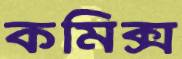
কমিক্স